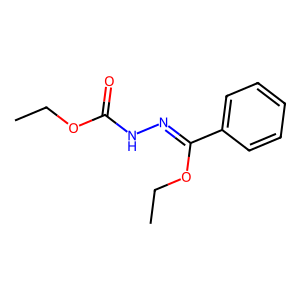
SMILES: CCOC(=O)NN=C(OCC)c1ccccc1
Inhibits HIV replication: No